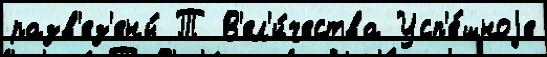
разв'ез'ены́ Т В'ел'и́чества Усп'е́шноjе